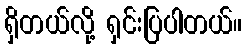
ရှိတယ်လို့ ရှင်းပြပါတယ်။